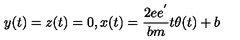
y ( t ) = z ( t ) = 0 , x ( t ) = { \frac { 2 e e ^ { ' } } { b m } } t \theta ( t ) + b